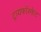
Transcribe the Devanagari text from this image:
ट्रायफॉस्फेट